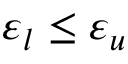
\varepsilon _ { l } \leq \varepsilon _ { u }